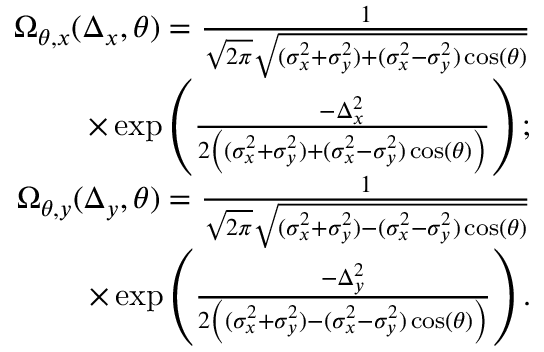
\begin{array} { r } { \Omega _ { \theta , x } ( \Delta _ { x } , \theta ) = \frac { 1 } { \sqrt { 2 \pi } \sqrt { ( \sigma _ { x } ^ { 2 } + \sigma _ { y } ^ { 2 } ) + ( \sigma _ { x } ^ { 2 } - \sigma _ { y } ^ { 2 } ) \cos ( \theta ) } } } \\ { \times \exp \left( \frac { - \Delta _ { x } ^ { 2 } } { 2 \left( ( \sigma _ { x } ^ { 2 } + \sigma _ { y } ^ { 2 } ) + ( \sigma _ { x } ^ { 2 } - \sigma _ { y } ^ { 2 } ) \cos ( \theta ) \right) } \right) ; } \\ { \Omega _ { \theta , y } ( \Delta _ { y } , \theta ) = \frac { 1 } { \sqrt { 2 \pi } \sqrt { ( \sigma _ { x } ^ { 2 } + \sigma _ { y } ^ { 2 } ) - ( \sigma _ { x } ^ { 2 } - \sigma _ { y } ^ { 2 } ) \cos ( \theta ) } } } \\ { \times \exp \left( \frac { - \Delta _ { y } ^ { 2 } } { 2 \left( ( \sigma _ { x } ^ { 2 } + \sigma _ { y } ^ { 2 } ) - ( \sigma _ { x } ^ { 2 } - \sigma _ { y } ^ { 2 } ) \cos ( \theta ) \right) } \right) . } \end{array}